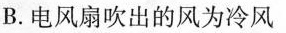
B.电风扇吹出的风为冷风